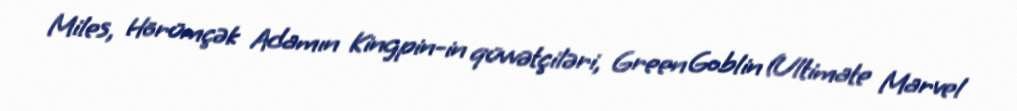
Miles, Hörümçək Adamın Kingpin-in qüvvətçiləri, Green Goblin (Ultimate Marvel